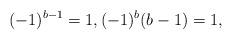
LaTeX: \begin{align*}(-1)^{b-1}=1,(-1)^b(b-1)=1,\end{align*}